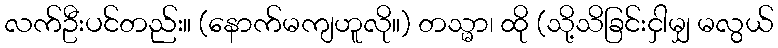
လက်ဦးပင်တည်း။ (နောက်မကျဟူလို။) တသ္မာ၊ ထို (သို့သိခြင်းငှါမျှ မလွယ်